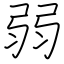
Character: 弱